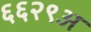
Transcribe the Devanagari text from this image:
६६२९अ